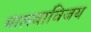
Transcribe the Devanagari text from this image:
मालवाविजय